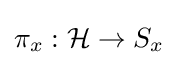
\pi _{x}:{\mathcal {H}}\rightarrow S_{x}